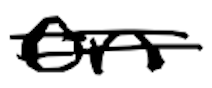
Text: on
Cross-out: mix
Writing tool: digital_black